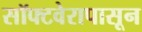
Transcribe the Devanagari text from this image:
सॉफ्टवेरापासून